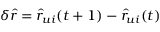
\delta \hat { r } = \hat { r } _ { u i } ( t + 1 ) - \hat { r } _ { u i } ( t )